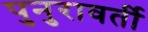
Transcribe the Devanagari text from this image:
पुनुरावर्ती